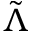
\tilde { \Lambda }